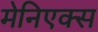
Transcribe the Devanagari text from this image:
मेनिएक्स